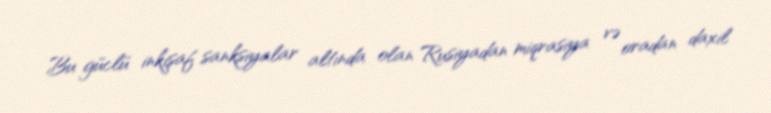
Bu güclü inkişaf sanksiyalar altında olan Rusiyadan miqrasiya və oradan daxil